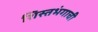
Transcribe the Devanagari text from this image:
शिस्तभंगाची